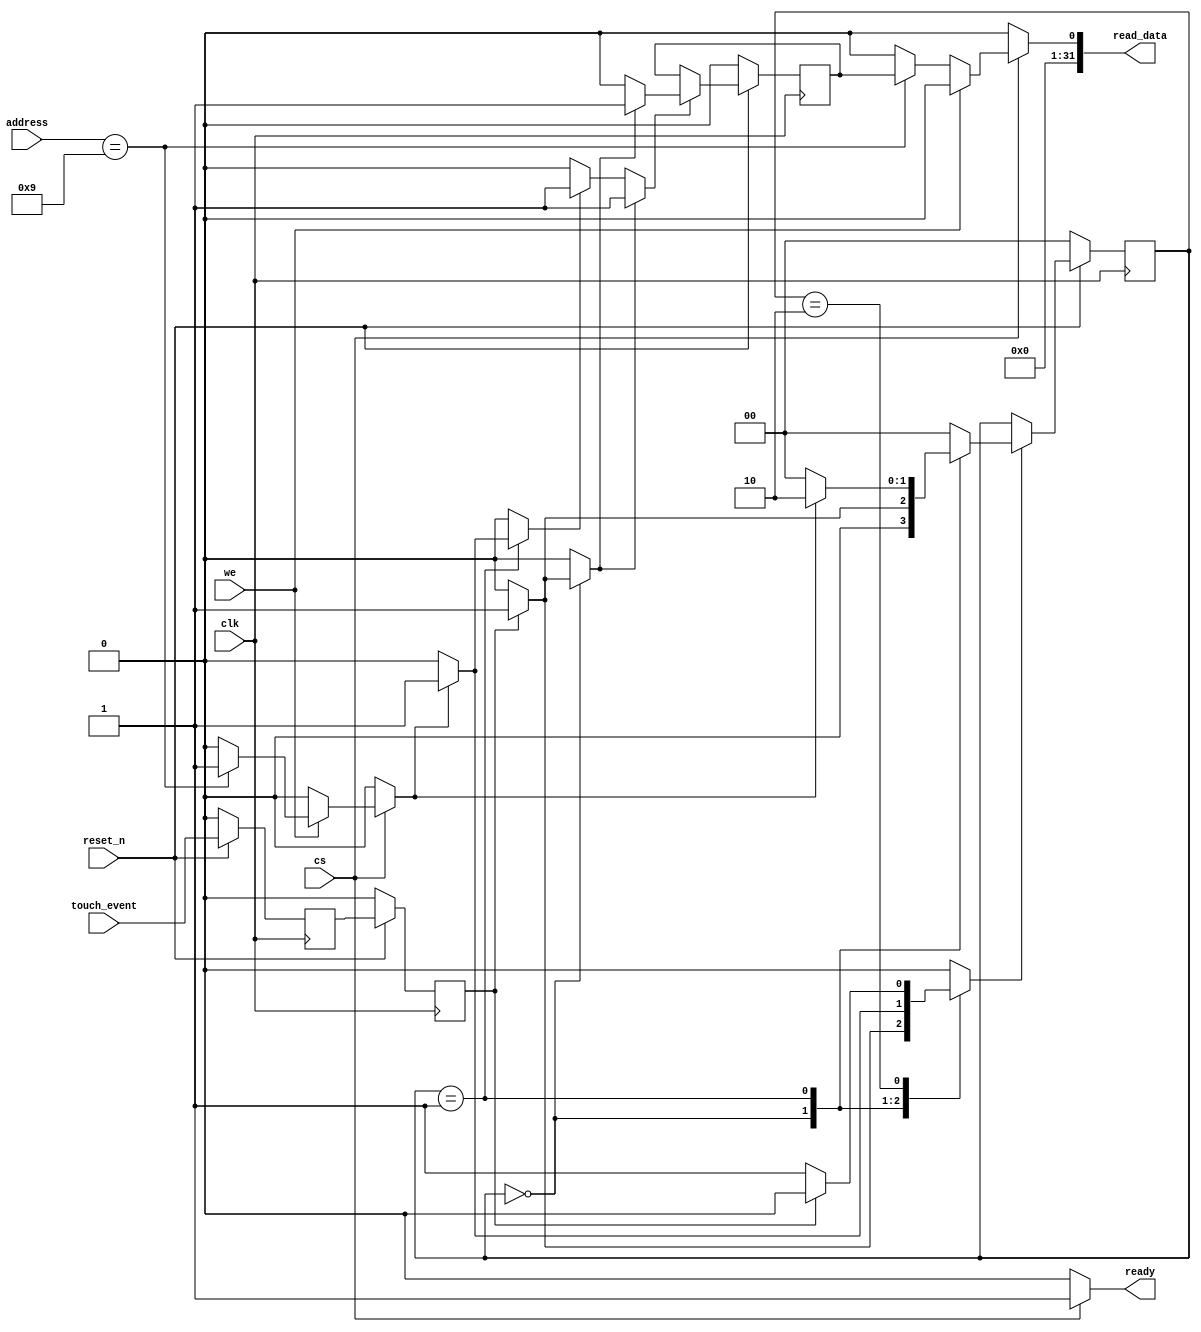
//======================================================================
//
// touch_sense.v
// -------------
// Touch sensor handler.
//
//
// Copyright (C) 2022 - Tillitis AB
// SPDX-License-Identifier: GPL-2.0-only
//
//======================================================================

`default_nettype none

module touch_sense(
		   input wire           clk,
		   input wire           reset_n,

		   input wire           touch_event,

		   input wire           cs,
		   input wire           we,

		   input wire  [7 : 0]  address,
		   output wire [31 : 0] read_data,
		   output wire          ready
		  );


  //----------------------------------------------------------------
  // Internal constant and parameter definitions.
  //----------------------------------------------------------------
  localparam ADDR_STATUS      = 8'h09;
  localparam STATUS_EVENT_BIT = 0;

  localparam CTRL_IDLE        = 2'h0;
  localparam CTRL_EVENT       = 2'h1;
  localparam CTRL_WAIT        = 2'h2;


  //----------------------------------------------------------------
  // Registers including update variables and write enable.
  //----------------------------------------------------------------
  reg         touch_event_sample0_reg;
  reg         touch_event_sample1_reg;

  reg         touch_event_reg;
  reg         touch_event_new;
  reg         touch_event_set;
  reg         touch_event_rst;
  reg         touch_event_we;

  reg [1 : 0] touch_sense_ctrl_reg;
  reg [1 : 0] touch_sense_ctrl_new;
  reg         touch_sense_ctrl_we;


  //----------------------------------------------------------------
  // Wires.
  //----------------------------------------------------------------
  reg [31 : 0] tmp_read_data;
  reg          tmp_ready;
  reg          api_clear_event;


  //----------------------------------------------------------------
  // Concurrent connectivity for ports etc.
  //----------------------------------------------------------------
  assign read_data = tmp_read_data;
  assign ready     = tmp_ready;


  //----------------------------------------------------------------
  // reg_update
  //----------------------------------------------------------------
  always @ (posedge clk)
    begin : reg_update
      if (!reset_n) begin
	touch_sense_ctrl_reg    <= CTRL_IDLE;
	touch_event_sample0_reg <= 1'h0;
	touch_event_sample1_reg <= 1'h0;
	touch_event_reg         <= 1'h0;
      end

      else begin
	touch_event_sample0_reg <= touch_event;
	touch_event_sample1_reg <= touch_event_sample0_reg;

	if (touch_event_we) begin
	  touch_event_reg <= touch_event_new;
	end

	if (touch_sense_ctrl_we) begin
	  touch_sense_ctrl_reg <= touch_sense_ctrl_new;
	end
      end
    end // reg_update


  //----------------------------------------------------------------
  // api
  //----------------------------------------------------------------
  always @*
    begin : api
      api_clear_event = 1'h0;
      tmp_read_data   = 32'h0;
      tmp_ready       = 1'h0;

      if (cs) begin
	tmp_ready = 1'h1;

        if (we) begin
	  if (address == ADDR_STATUS) begin
	    api_clear_event = 1'h1;
	  end
	end

        else begin
	  if (address == ADDR_STATUS) begin
	    tmp_read_data[STATUS_EVENT_BIT] = touch_event_reg;
	  end
        end
      end
    end // api


  //----------------------------------------------------------------
  // touch_event_reg_logic
  //----------------------------------------------------------------
  always @*
    begin : touch_event_reg_logic
      touch_event_new = 1'h0;
      touch_event_we  = 1'h0;

      if (touch_event_set) begin
	touch_event_new = 1'h1;
	touch_event_we  = 1'h1;
      end

      else if (touch_event_rst) begin
	touch_event_new = 1'h0;
	touch_event_we  = 1'h1;
      end
    end


  //----------------------------------------------------------------
  // touch_sense_ctrl
  //----------------------------------------------------------------
  always @*
    begin : touch_sense_ctrl
      touch_event_set      = 1'h0;
      touch_event_rst      = 1'h0;
      touch_sense_ctrl_new = CTRL_IDLE;
      touch_sense_ctrl_we  = 1'h0;

      case (touch_sense_ctrl_reg)
	CTRL_IDLE : begin
	  if (touch_event_sample1_reg) begin
	    touch_event_set      = 1'h1;
	    touch_sense_ctrl_new = CTRL_EVENT;
	    touch_sense_ctrl_we  = 1'h1;
	  end
	end

	CTRL_EVENT: begin
	  if (api_clear_event) begin
	    touch_event_rst      = 1'h1;
	    touch_sense_ctrl_new = CTRL_WAIT;
	    touch_sense_ctrl_we  = 1'h1;
	  end
	end

	CTRL_WAIT: begin
	  if (!touch_event_sample1_reg) begin
	    touch_sense_ctrl_new = CTRL_IDLE;
	    touch_sense_ctrl_we  = 1'h1;
	  end
	end

	default : begin
	end
      endcase // case (touch_sense_ctrl_reg)
    end

endmodule // touch_sense

//======================================================================
// EOF touch_sense.v
//======================================================================